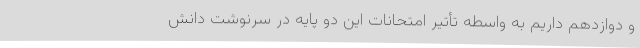
و دوازدهم داریم به واسطه تأتیر امتحانات این دو پایه در سرنوشت دانش